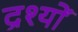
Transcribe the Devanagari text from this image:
द्रश्‍यों